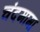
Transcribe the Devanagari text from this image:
चंदमामा